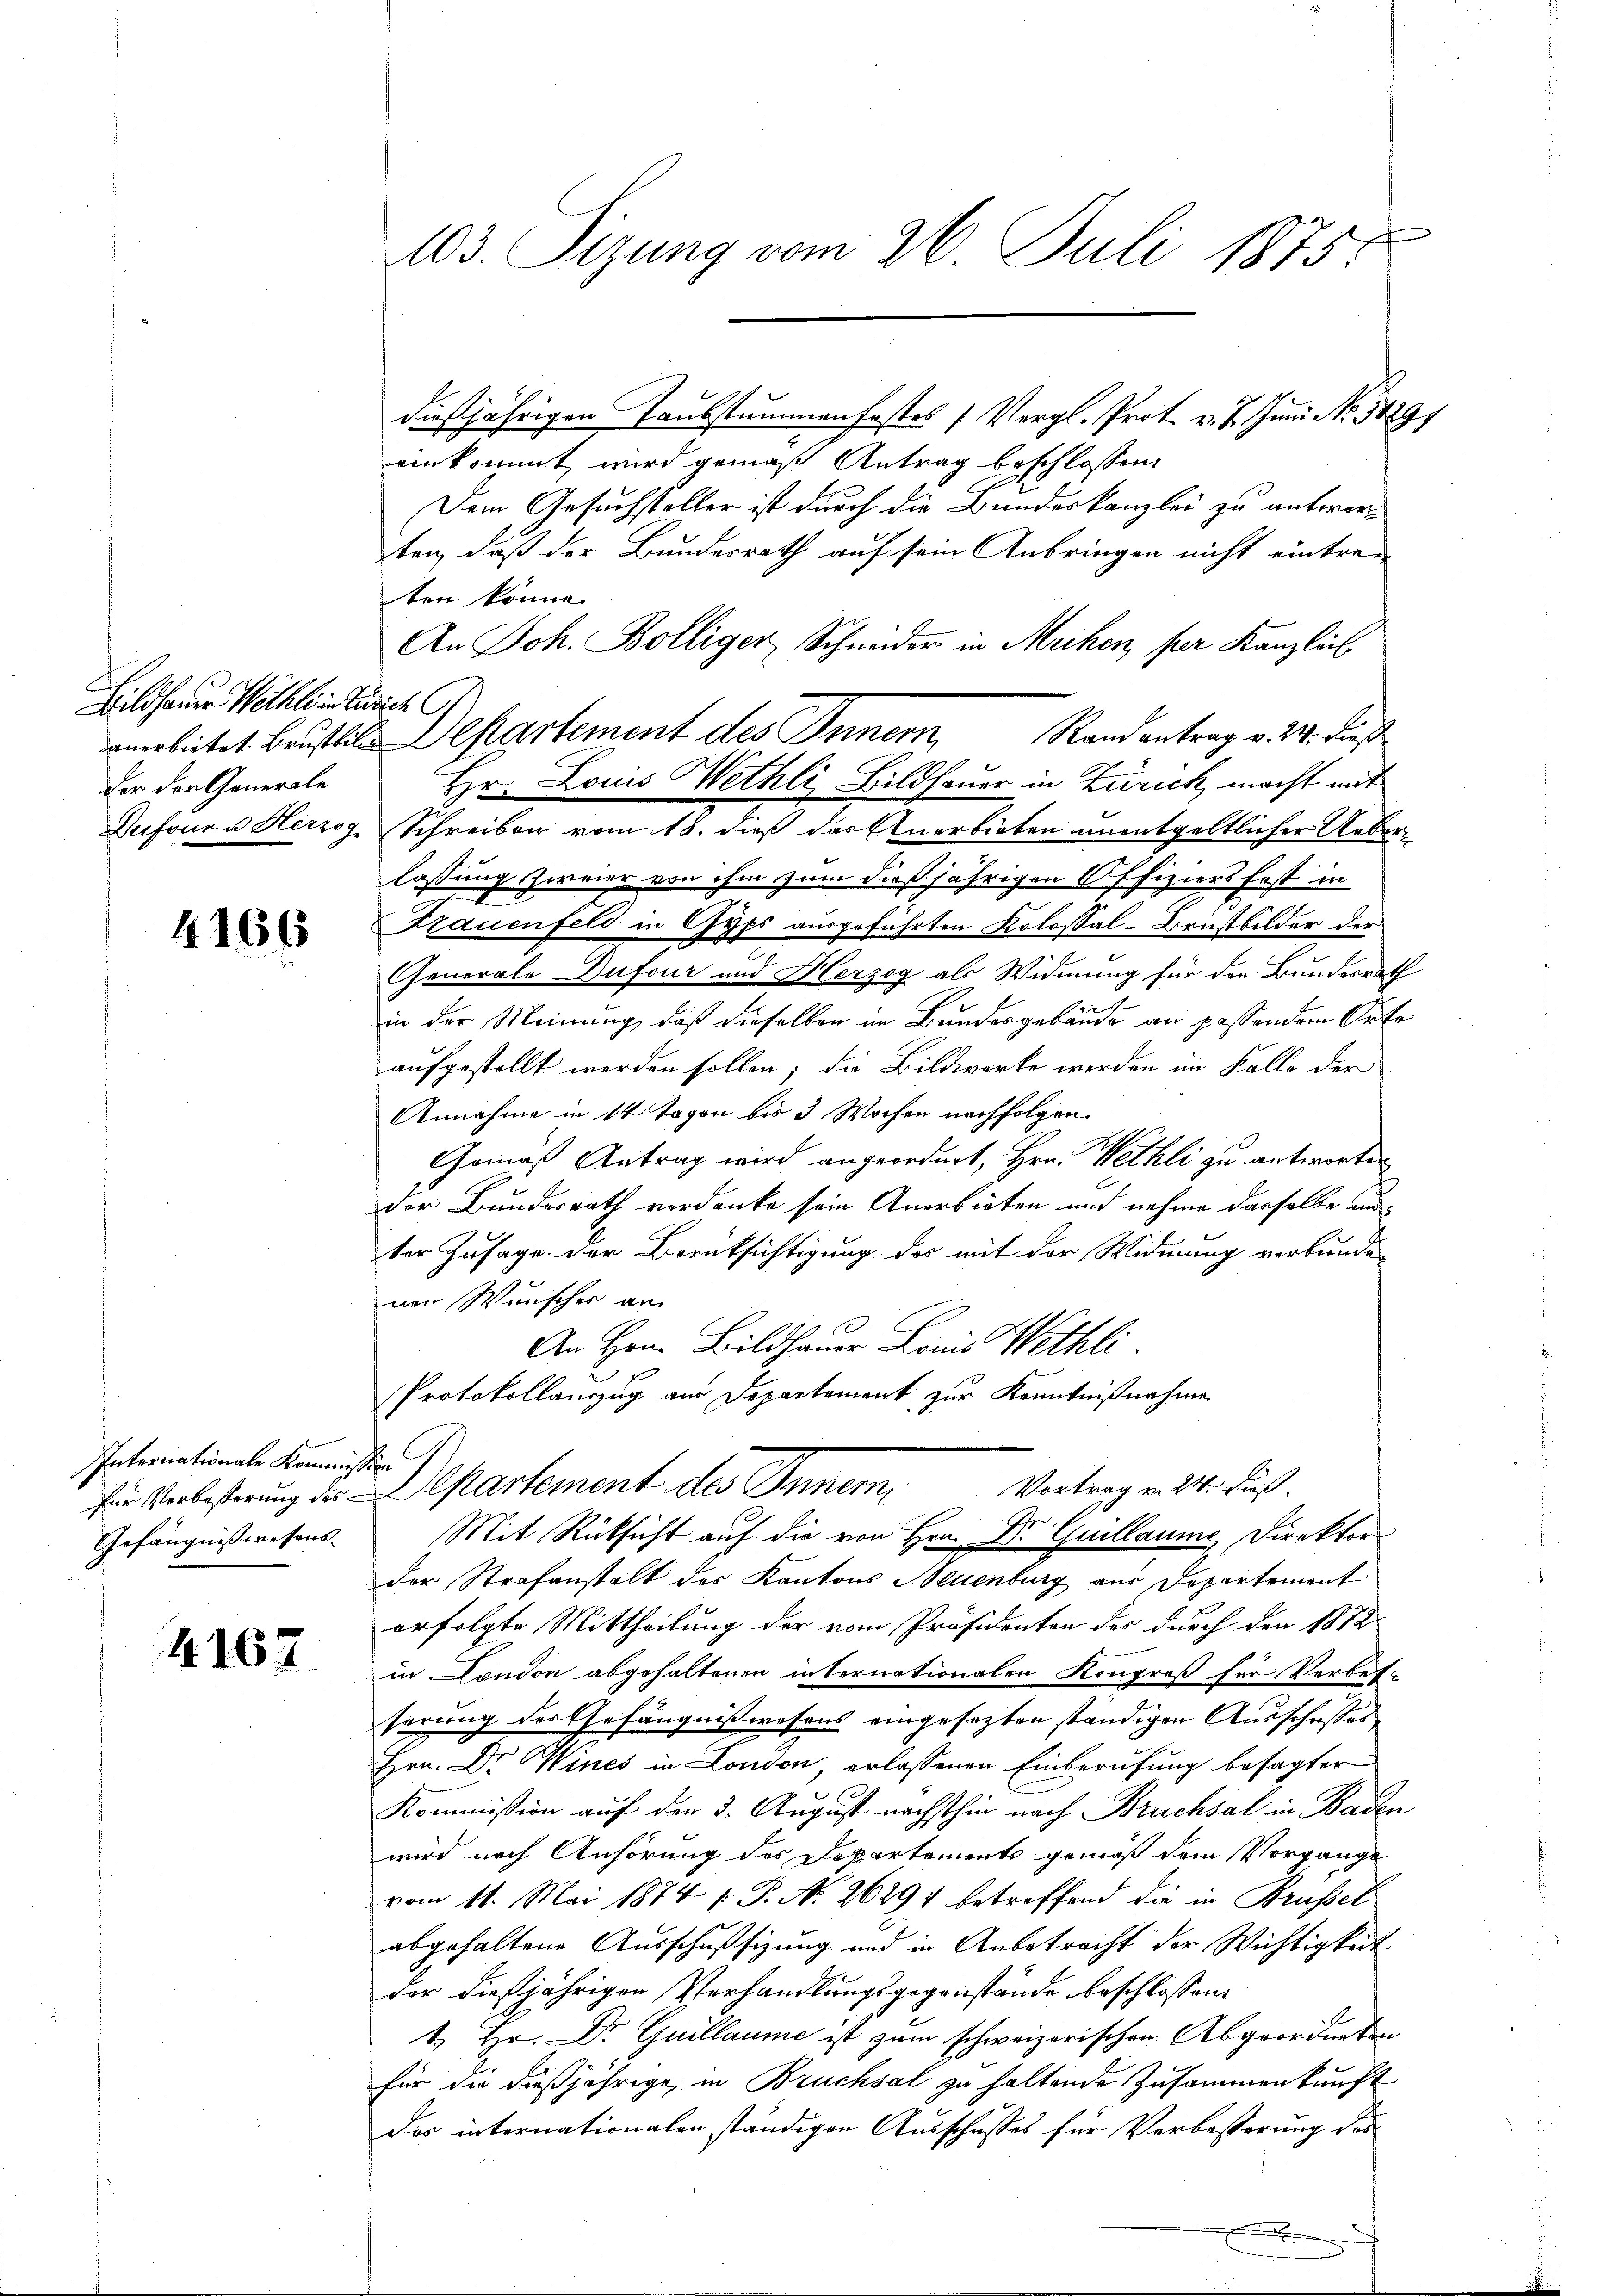
Bildhauer Wethli in Züricht C.
der der Generale

4166

Internationale Kommission
Gefängnisseresens-

4167

A03. Sizung vom 26. Juli 1875.

dießjährigen Taubstummenfostes (Vergl. Prot. v. 7. Juni No 1429
einkommt wird gemäß Antrag beschlossen:
Dem Gesuchsteller ist durch die Bundeskanzlei zu antworten, daß der Bundesrath auf sein Anbringen nicht eintreten könne.
An Joh. Bolliger Schneider in Mechen, per Kanzleib
anerbietet Brustile Departement des Innern Randantrag v. 24. dieß
Hr. Louis Wethli, Bildhauer in Zürich macht mit
Dufour u Herzog. Schreiben vom 18. dieß das Anerbieten unentgeltlicher Ueberlassung zweier von ihm zum dießjährigen Offiziers fest in
Frauenfeld in Gyps ausgeführten Kolossal-Brustbilder der
Generale Dufour und Herzog als Widmung für den Bundesrath
n
in der Meinung, daß dieselben im Bundesgebäude an passendem Aufe
aufgestellt werden sollen; die Bildwerke werden im Falle der
Annahme in 14 Tagen bis 3 Wochen nachfolgen.
Gemäß Antrag wird angeordnet, Hrn. Wethli zu antworten
der Bundesrath verdanke sein Anerbieten und nehme dasselbe und
ter Zusage der Berüksichtigung des mit der Widmung verbunde
nen Wunsches an
An Hrn. Bildhauer Louis Wethli
Protokollauszug aus Departement zur Kenntnißnahme
zur Verbesterung der Departement des Inner, Vortrag an der Fuß.
Mit Rücksicht auf die von Hrn. Dr. Guillaume, Direktor
der Strafanstalt des Kantons Neuenburg aus Departement
erfolgte Mittheilung der vom Präsidenten der durch den 1872
in Condon abgehaltenen internationalen Kongreß für Verbet-
serung des Gefängnißwesens eingesezten ständigen Ausschusses
Hrn. Dr Wines in London, erlassenen Einberufung besagter
Kommission auf der 3. August nächsthin nach Brucksal in Baden
wird nach Anhörung des Departements gemäß dem Vorgange
vom 11. Mai 1874 f. P. No 26297 betreffend die in Brüssel
abgehaltene Ausschußsizung und in Anbetracht der Wichtigkeit
der dießjährigen Verhandlungsgegenstände beschlossen:
1. Hr. Dr Guillaume ist zum schweizerischen Abgeordneten
für die dießjährige, in Bruchsal zu haltende Zusammenkunft
das internationalen ständigen Ausschusses für Verbesserung des
.